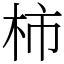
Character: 柿